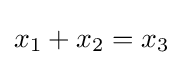
x_{1}+x_{2}=x_{3}